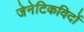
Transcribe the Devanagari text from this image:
जेनेटिकविदों